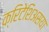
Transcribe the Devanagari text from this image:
क्रिटेशिअसया